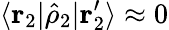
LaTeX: \langle\mathbf{r}_{2}|\hat{\rho}_{2}|\mathbf{r}_{2}^{\prime}\rangle\approx 0